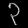
Digit: ၃